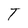
Character: T